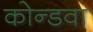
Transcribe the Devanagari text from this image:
कोन्डवा